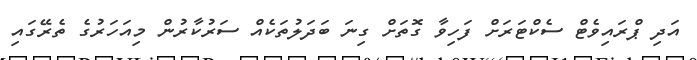
އަދި ޕްރައިވެޓް ސެކްޓަރަށް ފަހިވާ ގޮތަށް ގިނަ ބަދަލުތަކެއް ސަރުކާރުން މިއަހަރުގެ ތެރޭގައި